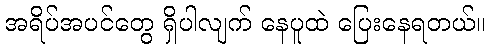
အရိပ်အပင်တွေ ရှိပါလျက် နေပူထဲ ပြေးနေရတယ်။